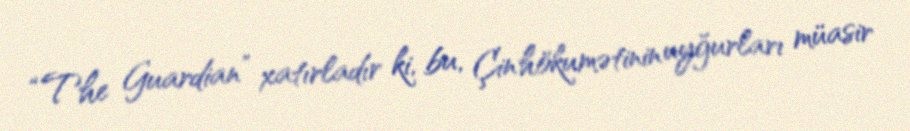
“The Guardian” xatırladır ki, bu, Çin hökumətinin uyğurları müasir